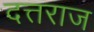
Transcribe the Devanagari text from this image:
दत्तराज